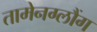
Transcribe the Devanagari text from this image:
तामेनग्लौंग